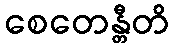
စေတေန္တီတိ